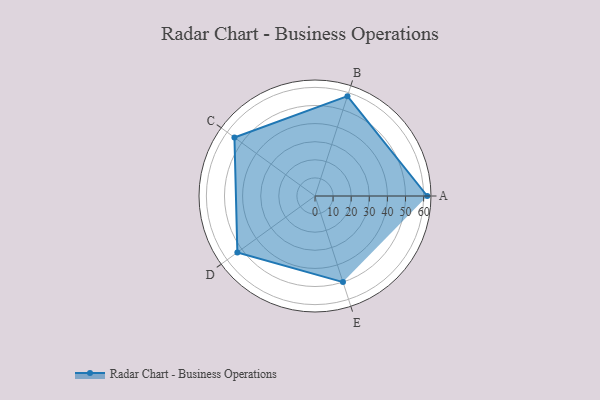
{"axis": {"x": "Skill", "y": "Score"}, "legend": ["Profile"], "data": [{"x": "A", "y": 62.0, "type": "Profile"}, {"x": "B", "y": 58.0, "type": "Profile"}, {"x": "C", "y": 55.0, "type": "Profile"}, {"x": "D", "y": 53.0, "type": "Profile"}, {"x": "E", "y": 50.0, "type": "Profile"}]}